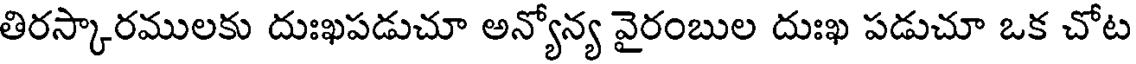
తిరస్కారములకు దుఃఖపడుచూ అన్యోన్య వైరంబుల దుఃఖ పడుచూ ఒక చోట